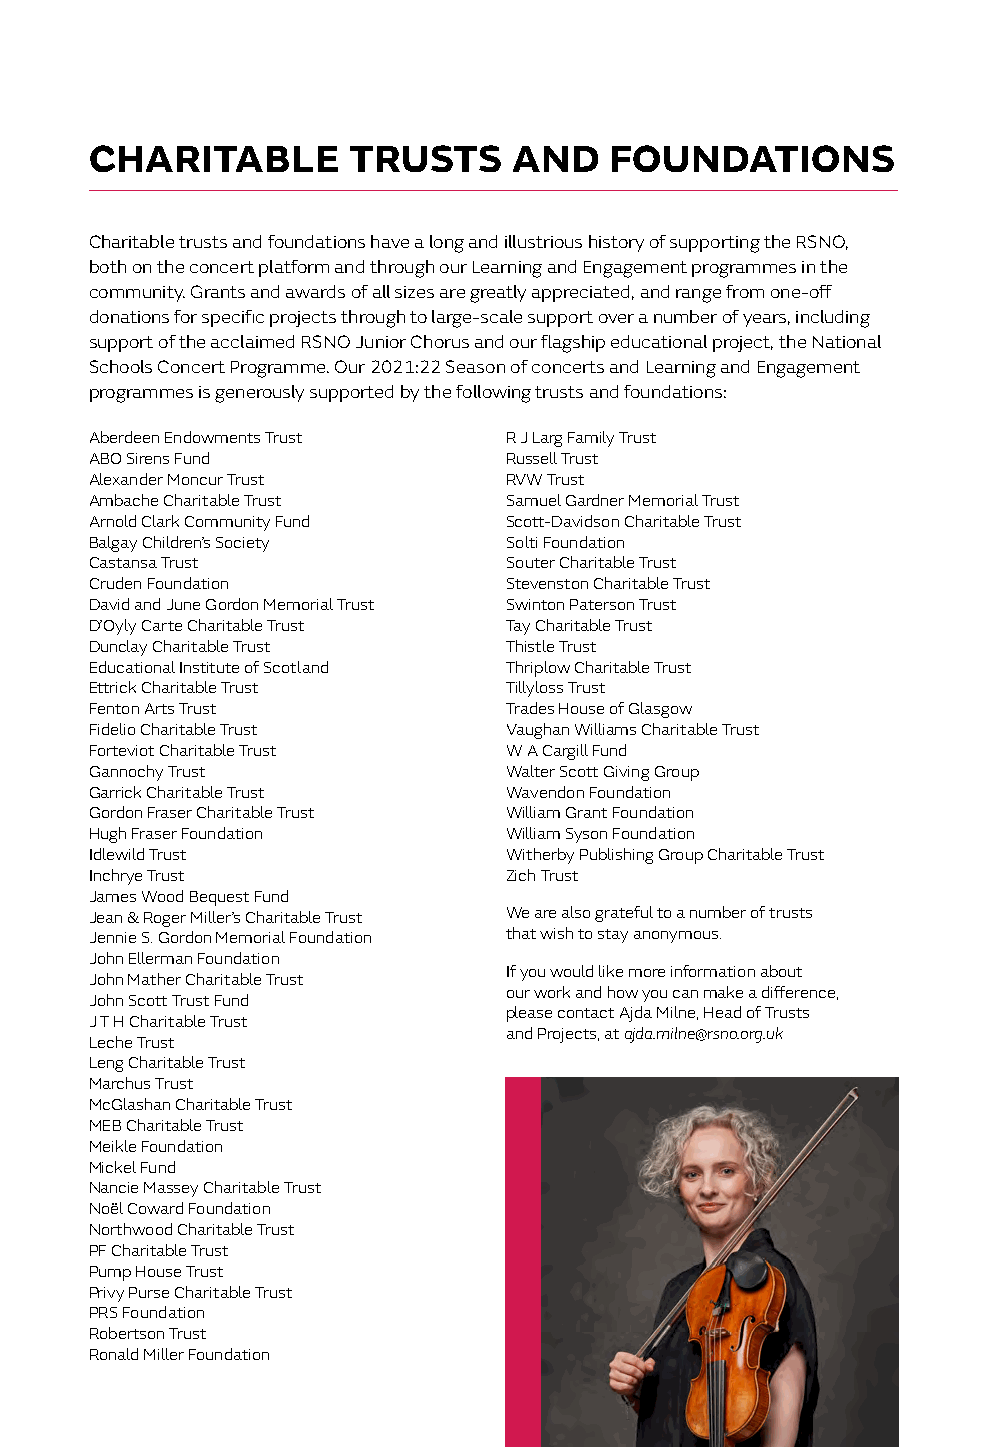
CHARITABLE       TRUSTS     AND   FOUNDATIONS
 Charitable trusts and foundations have a long and illustrious history of supporting the RSNO,
 both on the concert platform and through our Learning and Engagement programmes in the
 community. Grants and awards of all sizes are greatly appreciated, and range from one-off
 donations for specific projects through to large-scale support over a number of years, including
 support of the acclaimed RSNO Junior Chorus and our flagship educational project, the National
 Schools Concert Programme. Our 2021:22 Season of concerts and Learning and Engagement
 programmes is generously supported by the following trusts and foundations:
 Musical Memories
 Aberdeen Endowments Trust  R J Larg Family Trust
 ABO Sirens Fund            Russell Trust
 Alexander Moncur Trust     RVW Trust
 Ambache Charitable Trust   Samuel Gardner Memorial Trust
 Arnold Clark Community Fund Scott-Davidson Charitable Trust
 Balgay Children’s Society  Solti Foundation
 Castansa Trust             Souter Charitable Trust
 Cruden Foundation          Stevenston Charitable Trust
 David and June Gordon Memorial Trust Swinton Paterson Trust
 D’Oyly Carte Charitable Trust Tay Charitable Trust
 Dunclay Charitable Trust   Thistle Trust
 Educational Institute of Scotland Thriplow Charitable Trust
 Ettrick Charitable Trust   Tillyloss Trust
 Fenton Arts Trust          Trades House of Glasgow
 Fidelio Charitable Trust   Vaughan Williams Charitable Trust
 Forteviot Charitable Trust W A Cargill Fund
 Gannochy Trust             Walter Scott Giving Group
 Garrick Charitable Trust   Wavendon Foundation
 Gordon Fraser Charitable Trust William Grant Foundation
 Hugh Fraser Foundation     William Syson Foundation
 Idlewild Trust             Witherby Publishing Group Charitable Trust
 Inchrye Trust              Zich Trust
 James Wood Bequest Fund
 Jean & Roger Miller’s Charitable Trust We are also grateful to a number of trusts
 Jennie S. Gordon Memorial Foundation that wish to stay anonymous.
 John Ellerman Foundation
 If you would like more information about
 John Mather Charitable Trust
 our work and how you can make a difference,
 John Scott Trust Fund
 please contact Ajda Milne, Head of Trusts
 J T H Charitable Trust
 and Projects, at ajda.milne@rsno.org.uk
 Leche Trust
 Leng Charitable Trust
 Marchus Trust
 McGlashan Charitable Trust
 MEB Charitable Trust
 Meikle Foundation
 Mickel Fund
 Nancie Massey Charitable Trust
 Noël Coward Foundation
 Northwood Charitable Trust
 PF Charitable Trust
 Pump House Trust
 Privy Purse Charitable Trust
 PRS Foundation
 Robertson Trust
 Ronald Miller Foundation